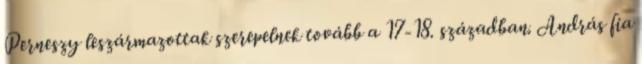
Perneszy leszármazottak szerepelnek tovább a 17-18. században. András fia